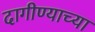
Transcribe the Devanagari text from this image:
दागीण्याच्या